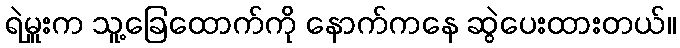
ရဲမှူးက သူ့ခြေထောက်ကို နောက်ကနေ ဆွဲပေးထားတယ်။